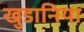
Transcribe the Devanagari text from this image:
खुडानिया